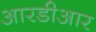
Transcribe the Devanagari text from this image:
आरडीआर